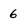
Character: 6